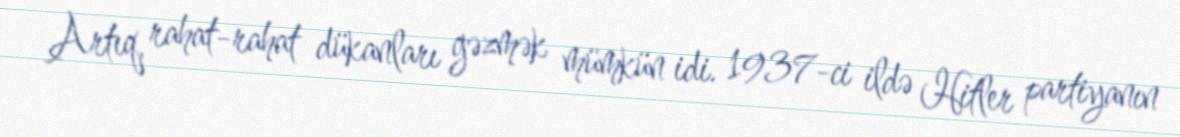
Artıq, rahat-rahat dükanları gəzmək mümkün idi. 1937-ci ildə Hitler partiyanın